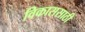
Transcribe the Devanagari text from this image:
विकाससाठी